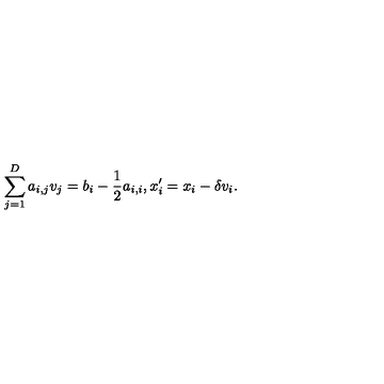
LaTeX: \sum _ { j = 1 } ^ { D } a _ { i , j } v _ { j } = b _ { i } - \frac { 1 } { 2 } a _ { i , i } , x _ { i } ^ { \prime } = x _ { i } - \delta v _ { i } .